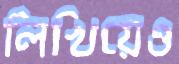
লিখিয়েও